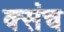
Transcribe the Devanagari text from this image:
क्संच